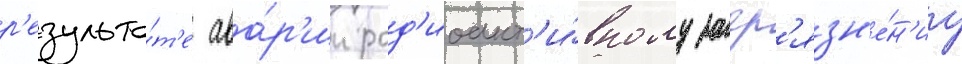
р'езульта́т'е ава́р'ии рад'иоакт'и́вному загр'язн'е́н'иу